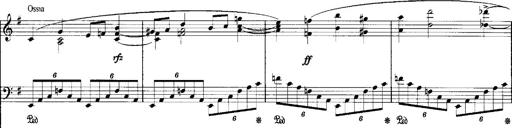
Title: Schlaflos! Frage und Antwort
Composer: Franz Liszt